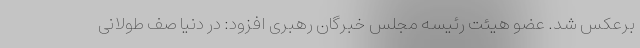
برعکس شد. عضو هیئت رئیسه مجلس خبرگان رهبری افزود: در دنیا صف طولانی